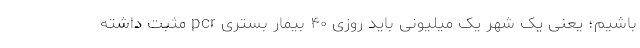
باشیم؛ یعنی یک شهر یک میلیونی باید روزی ۴۰ بیمار بستری pcr مثبت داشته